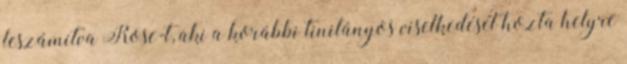
leszámítva Rose-t, aki a korábbi tinilányos viselkedését hozta helyre